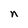
Character: n